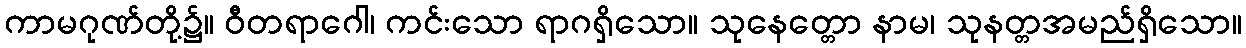
ကာမဂုဏ်တို့၌။ ဝီတရာဂေါ၊ ကင်းသော ရာဂရှိသော။ သုနေတ္တော နာမ၊ သုနတ္တအမည်ရှိသော။